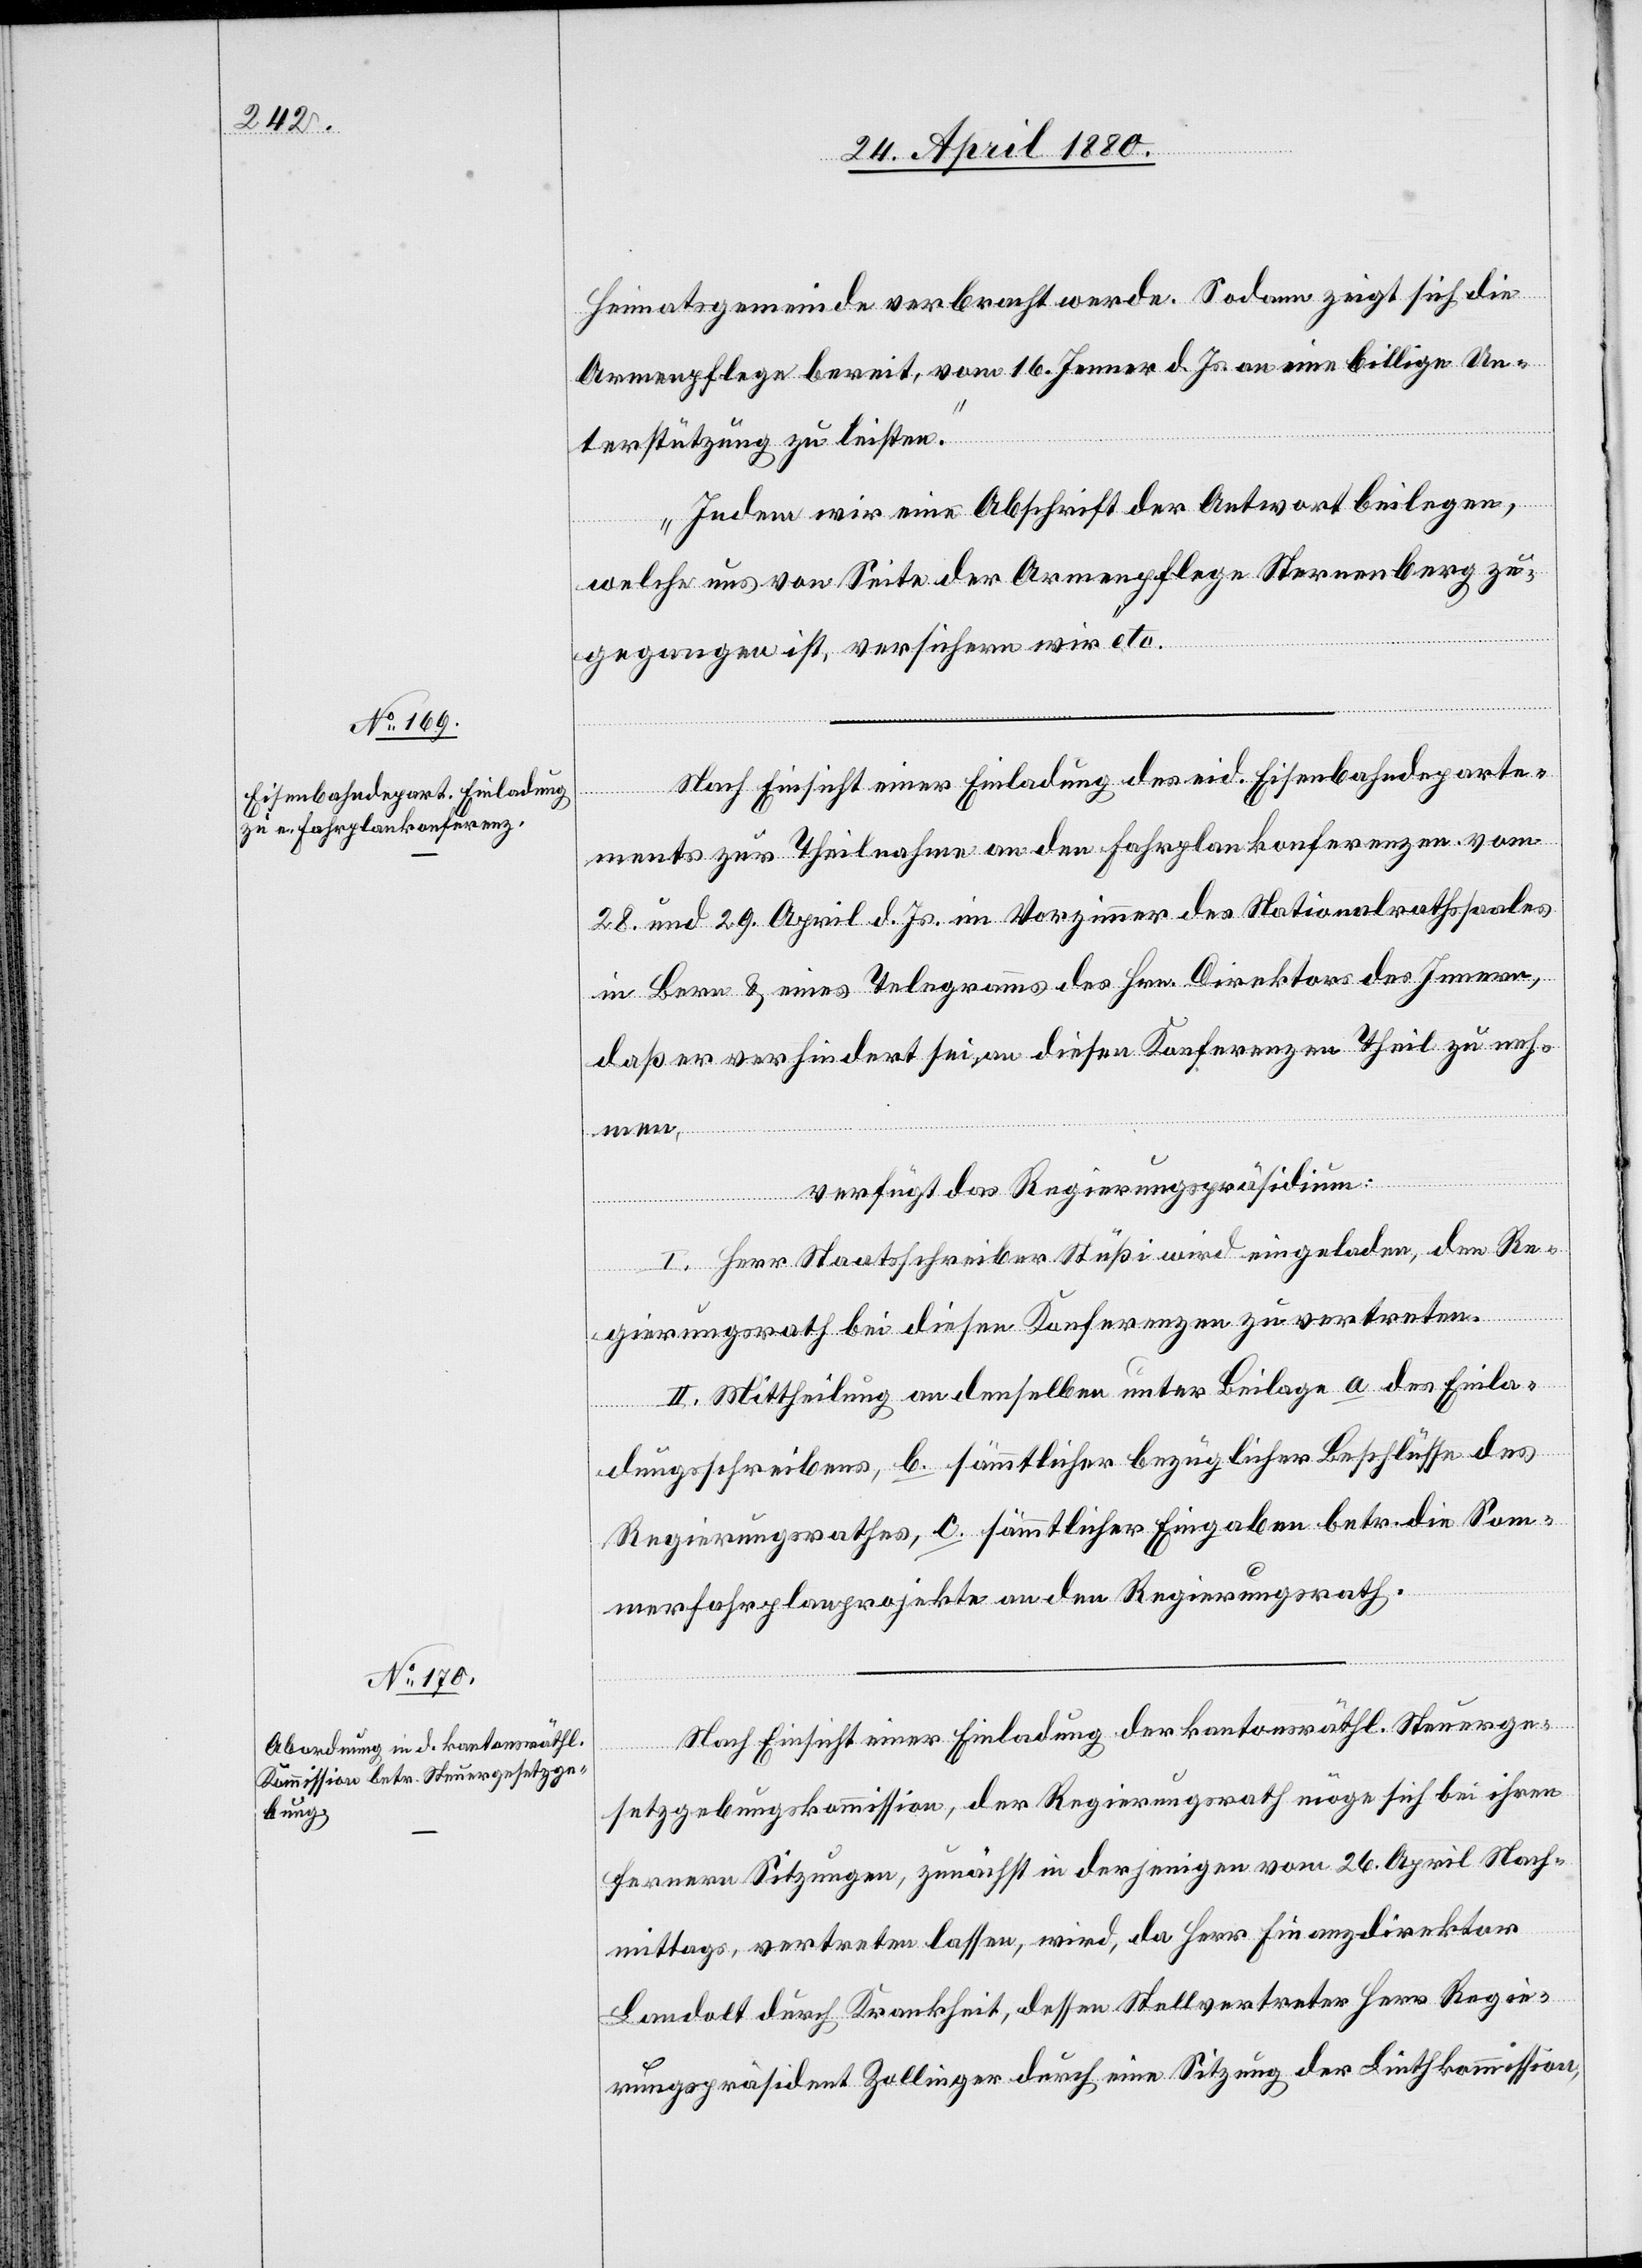
24. April 1880.]
Heimatsgemeinde verbracht werde[n]. Sodann zeigt sich die
Armenpflege bereit, vom 16. Jenner d. Js. an eine billige Un¬
terstützung zu leisten.
Indem wir eine Abschrift der Antwort beilegen,
welche uns von Seite der Armenpflege Sternenberg zu¬
gegangen ist, versichern wir“ etc.
Nach Einsicht einer Einladung des eid. Eisenbahndeparte¬
erfügungen.
ments zur Theilnahme an den Fahrplankonferenzen vom
28. und 29. April d. Js. im Vorzimmer des Nationalrathssaales
in Bern & eines Telegramms des Hrn. Direktor des Innern,
daß er verhindert sei, an diesen Konferenzen Theil zu neh¬
men,
verfügt das Regierungspräsidium:
I. Herr Staatsschreiber Stüßi wird eingeladen, den Re¬
gierungsrath bei diesen Konferenzen zu vertreten.
II. Mittheilung an denselben unter Beilage a. des Einla¬
dungsschreibens, b. sämmtlicher bezüglichen Beschlüsse des
Regierungsrathes, c. sämmtlicher Eingaben betr. die Som¬
merfahrtplanprojekte an den Regierungsrath.
Nach Einsicht einer Einladung der kantonsräthl. Steuerge¬
setzgebungskommission, der Regierungsrath möge sich bei ihren
fernern Sitzungen, zunächst in derjenigen vom 26. April Nach¬
mittags, vertreten lassen, wird, da Herr Finanzdirektor
Landolt durch Krankheit, dessen Stellvertreter Herr Regie¬
rungspräsident Zollinger durch eine Sitzung der Linthkommission,